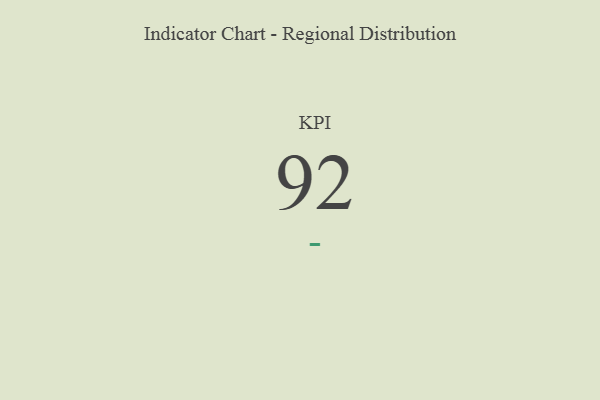
{"axis": {"x": "KPI", "y": "Value"}, "legend": [""], "data": [{"x": "KPI", "y": 92, "type": ""}]}